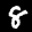
Label: 8